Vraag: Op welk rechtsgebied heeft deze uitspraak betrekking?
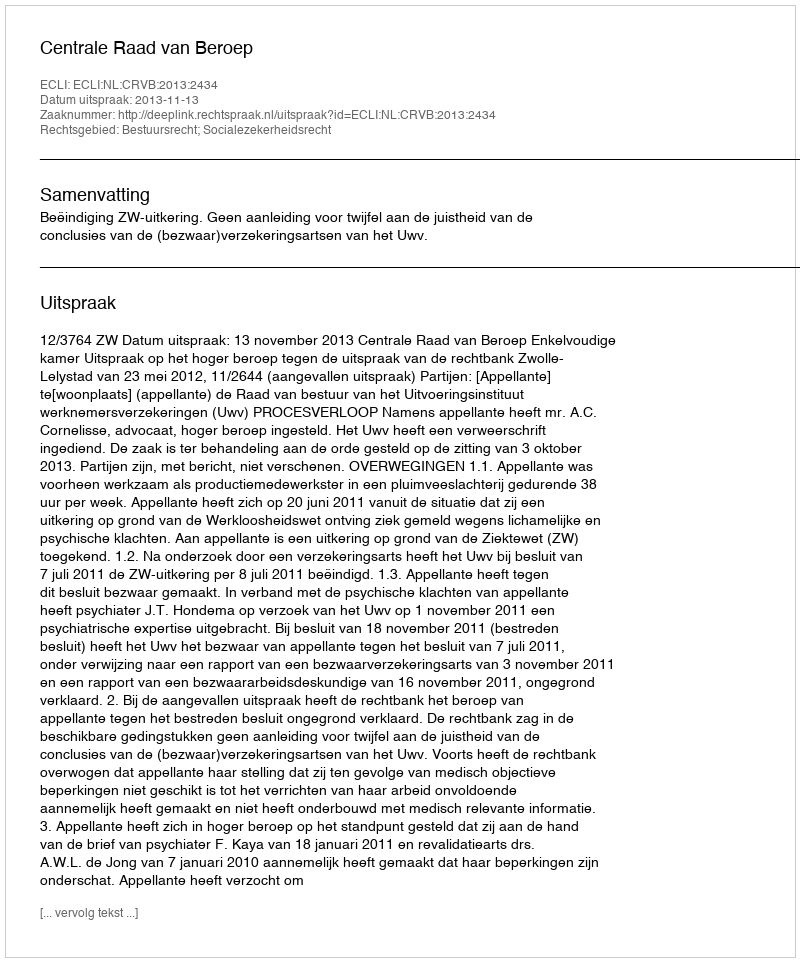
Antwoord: Bestuursrecht; Socialezekerheidsrecht